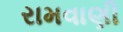
રામવાણી